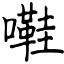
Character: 嚡